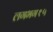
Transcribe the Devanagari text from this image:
लगभग१५